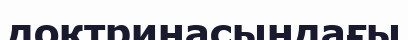
доктринасындағы